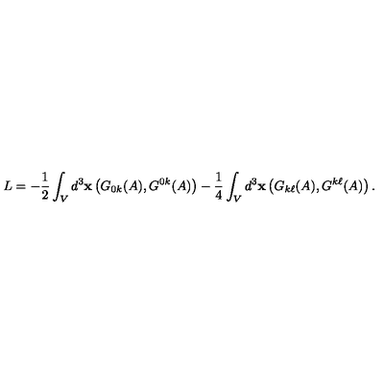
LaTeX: L = - \frac { 1 } { 2 } \int _ { V } d ^ { 3 } { \bf x } \left( G _ { 0 k } ( A ) , G ^ { 0 k } ( A ) \right) - \frac { 1 } { 4 } \int _ { V } d ^ { 3 } { \bf x } \left( G _ { k \ell } ( A ) , G ^ { k \ell } ( A ) \right) .